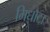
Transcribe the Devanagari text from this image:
गिधौटा